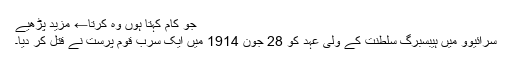
جو کام کہتا ہوں وہ کرتا← مزید پڑھیے
سرائیوو میں ہیبسبرگ سلطنت کے ولی عہد کو 28 جون 1914 میں ایک سرب قوم پرست نے قتل کر دیا۔